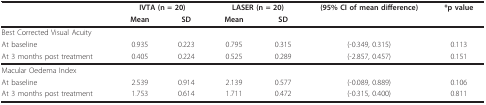
|  | <COLSPAN=2> IVTA (n = 20) | <COLSPAN=2> LASER (n = 20) | (95% CI of mean difference) | *p value |
 |  | Mean | SD | Mean | SD |  |  |
 | --- | --- | --- | --- | --- | --- | --- |
 | Best Corrected Visual Acuity |  |  |  |  |  |  |
 | At baseline | 0.935 | 0.223 | 0.795 | 0.315 | (-0.349, 0.315) | 0.113 |
 | At 3 months post treatment | 0.405 | 0.224 | 0.525 | 0.289 | (-2.857, 0.457) | 0.151 |
 | Macular Oedema Index |  |  |  |  |  |  |
 | At baseline | 2.539 | 0.914 | 2.139 | 0.577 | (-0.089, 0.889) | 0.106 |
 | At 3 months post treatment | 1.753 | 0.614 | 1.711 | 0.472 | (-0.315, 0.400) | 0.811 |